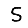
Digit: 5